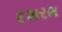
દશરથ